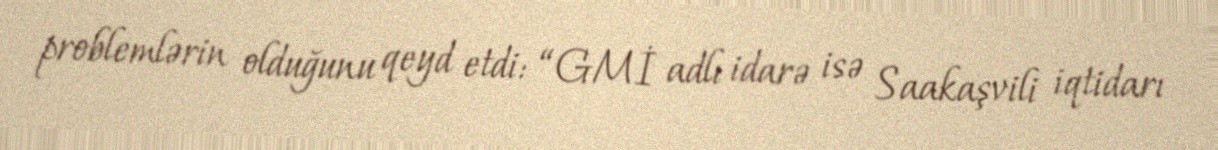
problemlərin olduğunu qeyd etdi: “GMİ adlı idarə isə Saakaşvili iqtidarı